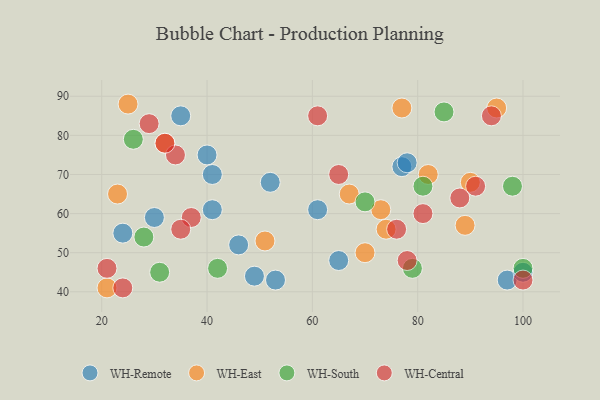
{"axis": {"x": "GDP", "y": "Life Expectancy"}, "legend": ["WH-Central", "WH-East", "WH-Remote", "WH-South"], "data": [{"x": "65", "y": 48, "type": "WH-Remote"}, {"x": "24", "y": 55, "type": "WH-Remote"}, {"x": "49", "y": 44, "type": "WH-Remote"}, {"x": "61", "y": 61, "type": "WH-Remote"}, {"x": "77", "y": 72, "type": "WH-Remote"}, {"x": "41", "y": 61, "type": "WH-Remote"}, {"x": "41", "y": 70, "type": "WH-Remote"}, {"x": "52", "y": 68, "type": "WH-Remote"}, {"x": "53", "y": 43, "type": "WH-Remote"}, {"x": "35", "y": 85, "type": "WH-Remote"}, {"x": "78", "y": 73, "type": "WH-Remote"}, {"x": "30", "y": 59, "type": "WH-Remote"}, {"x": "46", "y": 52, "type": "WH-Remote"}, {"x": "97", "y": 43, "type": "WH-Remote"}, {"x": "100", "y": 45, "type": "WH-Remote"}, {"x": "40", "y": 75, "type": "WH-Remote"}, {"x": "77", "y": 87, "type": "WH-East"}, {"x": "25", "y": 88, "type": "WH-East"}, {"x": "23", "y": 65, "type": "WH-East"}, {"x": "21", "y": 41, "type": "WH-East"}, {"x": "74", "y": 56, "type": "WH-East"}, {"x": "67", "y": 65, "type": "WH-East"}, {"x": "51", "y": 53, "type": "WH-East"}, {"x": "95", "y": 87, "type": "WH-East"}, {"x": "90", "y": 68, "type": "WH-East"}, {"x": "82", "y": 70, "type": "WH-East"}, {"x": "73", "y": 61, "type": "WH-East"}, {"x": "32", "y": 78, "type": "WH-East"}, {"x": "70", "y": 50, "type": "WH-East"}, {"x": "89", "y": 57, "type": "WH-East"}, {"x": "85", "y": 86, "type": "WH-South"}, {"x": "100", "y": 46, "type": "WH-South"}, {"x": "81", "y": 67, "type": "WH-South"}, {"x": "42", "y": 46, "type": "WH-South"}, {"x": "70", "y": 63, "type": "WH-South"}, {"x": "28", "y": 54, "type": "WH-South"}, {"x": "31", "y": 45, "type": "WH-South"}, {"x": "98", "y": 67, "type": "WH-South"}, {"x": "79", "y": 46, "type": "WH-South"}, {"x": "26", "y": 79, "type": "WH-South"}, {"x": "65", "y": 70, "type": "WH-Central"}, {"x": "76", "y": 56, "type": "WH-Central"}, {"x": "88", "y": 64, "type": "WH-Central"}, {"x": "24", "y": 41, "type": "WH-Central"}, {"x": "29", "y": 83, "type": "WH-Central"}, {"x": "100", "y": 43, "type": "WH-Central"}, {"x": "21", "y": 46, "type": "WH-Central"}, {"x": "94", "y": 85, "type": "WH-Central"}, {"x": "91", "y": 67, "type": "WH-Central"}, {"x": "61", "y": 85, "type": "WH-Central"}, {"x": "34", "y": 75, "type": "WH-Central"}, {"x": "81", "y": 60, "type": "WH-Central"}, {"x": "37", "y": 59, "type": "WH-Central"}, {"x": "32", "y": 78, "type": "WH-Central"}, {"x": "78", "y": 48, "type": "WH-Central"}, {"x": "35", "y": 56, "type": "WH-Central"}]}